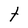
Character: t